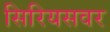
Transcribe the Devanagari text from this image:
सिरियसवर